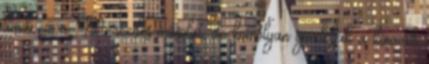
tűnik ez a Mercedes-másolat, de komolyan gondolják a kínaiak